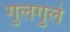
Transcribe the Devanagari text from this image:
गुलगुले